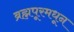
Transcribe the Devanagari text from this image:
ब्रह्मपूरमधून